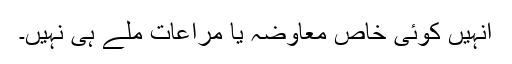
انہیں کوئی خاص معاوضہ یا مراعات ملے ہی نہیں۔